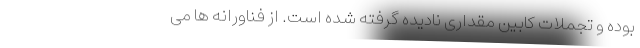
بوده و تجملات کابین مقداری نادیده گرفته شده است. از فناورانه ها می